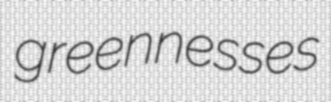
greennesses